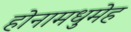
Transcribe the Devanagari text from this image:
होनामधुमेह